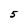
Character: 5